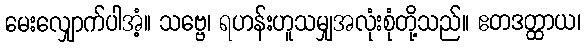
မေးလျှောက်ပါအံ့။ သဗ္ဗေ၊ ရဟန်းဟူသမျှအလုံးစုံတို့သည်။ ဧတဒတ္ထာယ၊